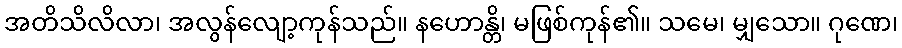
အတိသိလိလာ၊ အလွန်လျော့ကုန်သည်။ နဟောန္တိ၊ မဖြစ်ကုန်၏။ သမေ၊ မျှသော။ ဂုဏေ၊